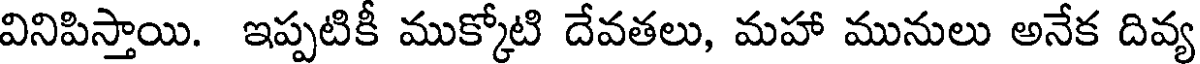
వినిపిస్తాయి. ఇప్పటికీ ముక్కోటి దేవతలు, మహా మునులు అనేక దివ్య